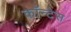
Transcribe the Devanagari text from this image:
कॉन्टेस